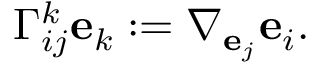
\Gamma _ { i j } ^ { k } \mathbf { e } _ { k } : = \nabla _ { \mathbf { e } _ { j } } \mathbf { e } _ { i } .